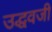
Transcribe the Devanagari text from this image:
उद्धवजी